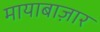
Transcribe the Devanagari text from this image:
मायाबाज़ार